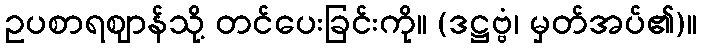
ဥပစာရဈာန်သို့ တင်ပေးခြင်းကို။ (ဒဋ္ဌဗ္ဗံ၊ မှတ်အပ်၏)။